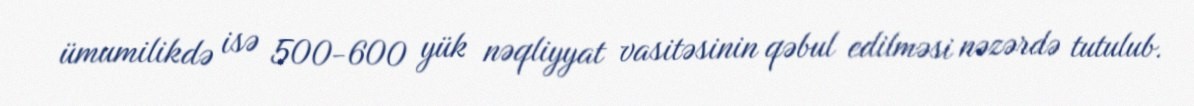
ümumilikdə isə 500-600 yük nəqliyyat vasitəsinin qəbul edilməsi nəzərdə tutulub.